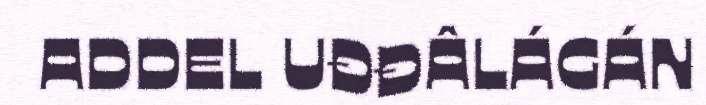
ADDEL UĐĐÂLÁGÁN